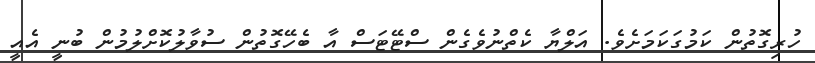
ހުރިގޮތުން ކަމުގަކަމަށެވެ. އަލްޔާ ކެތްނުވެގެން ސްޓޭޓަސް އާ ބެހޭގޮތުން ސުވާލުކޮށްލުމުން ބުނީ އެއީ